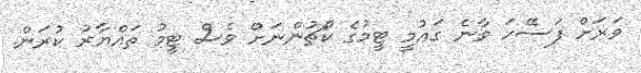
ވަރަށް ފަސޭހަ ވާނެ ގައުމީ ޓީމުގެ ކޯޗުންނަށް ވެސް ޓީމު ތައްޔާރު ކުރަން.